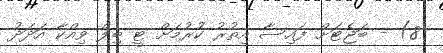
8) - ބަޖެޓަށް ފައިސާ އިތުރު ކުރުމަށް ޓީ ބިލް ވިއްކާ އަދަދު